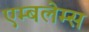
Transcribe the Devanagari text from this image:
एम्बलेम्स